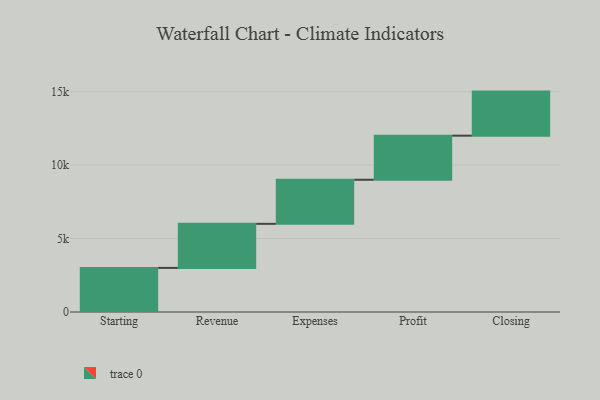
{"axis": {"x": "Step", "y": "Value"}, "legend": [""], "data": [{"x": "Starting", "y": 3000, "type": ""}, {"x": "Revenue", "y": 3000, "type": ""}, {"x": "Expenses", "y": 3000, "type": ""}, {"x": "Profit", "y": 3000, "type": ""}, {"x": "Closing", "y": 3000, "type": ""}]}